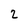
Character: 2